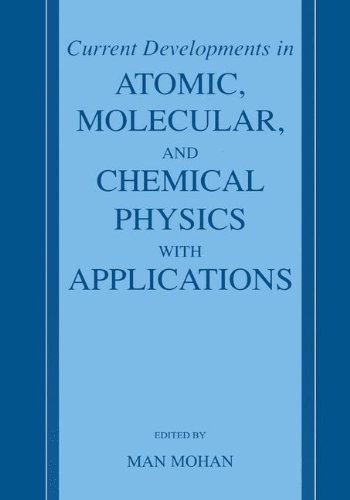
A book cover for Current Developments in Atomic, Molecular, and Chemical Physics with Applications; Science & Math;